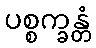
ပစ္စက္ခန္တံ